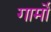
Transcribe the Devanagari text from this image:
गार्मो